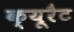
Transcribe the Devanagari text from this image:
क्यूरैट